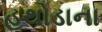
હથોડાના